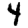
Digit: 4